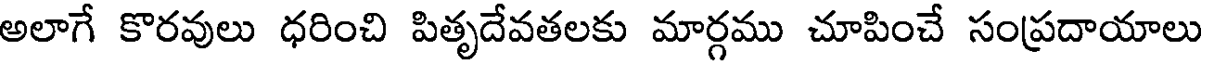
అలాగే కొరవులు ధరించి పితృదేవతలకు మార్గము చూపించే సంప్రదాయాలు